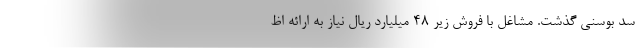
سد بوسنی گذشت. مشاغل با فروش زیر ۴۸ میلیارد ریال نیاز به ارائه اظ